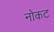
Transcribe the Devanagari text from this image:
नोकट